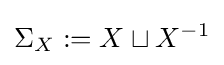
\Sigma _{X}:=X\sqcup X^{-1}